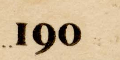
190